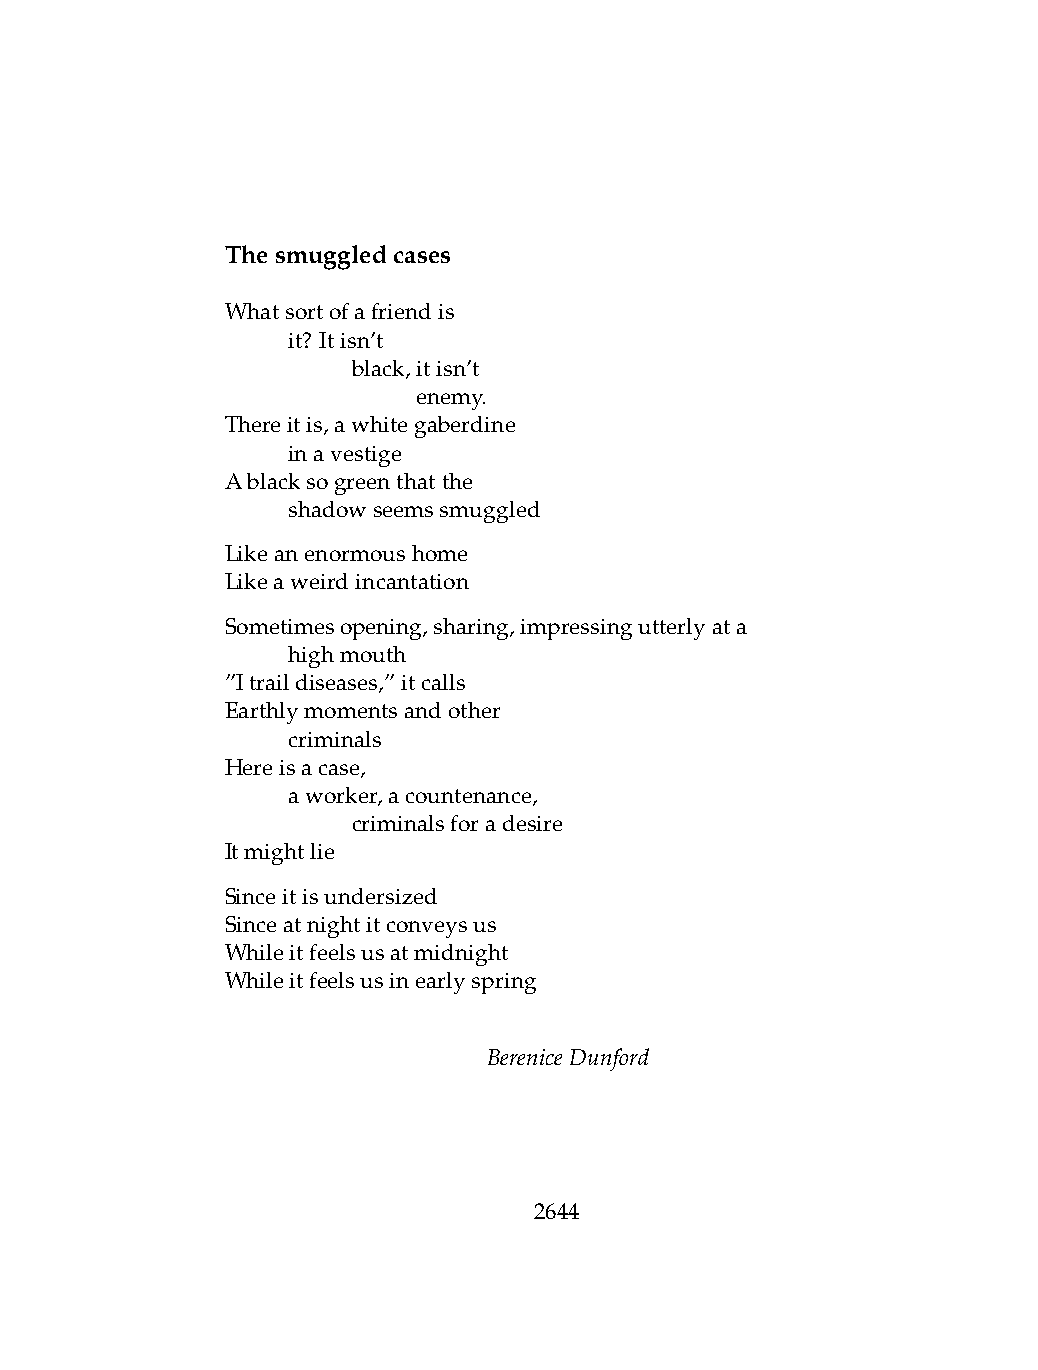
Thesmuggledcases
 Whatsortofafriendis
 .   it? Itisn’t
 .   .   black,itisn’t
 .   .   .    enemy.
 Thereitis,awhitegaberdine
 .   inavestige
 Ablacksogreenthatthe
 .   shadowseemssmuggled
 Likeanenormoushome
 Likeaweirdincantation
 Sometimesopening,sharing,impressingutterlyata
 .   highmouth
 ”Itraildiseases,”itcalls
 Earthlymomentsandother
 .   criminals
 Hereisacase,
 .   aworker,acountenance,
 .   .   criminalsforadesire
 Itmightlie
 Sinceitisundersized
 Sinceatnightitconveysus
 Whileitfeelsusatmidnight
 Whileitfeelsusinearlyspring
 BereniceDunford
 2644